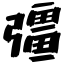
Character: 彊